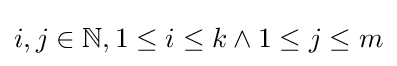
i,j\in \mathbb {N} ,1\leq i\leq k\land 1\leq j\leq m